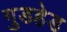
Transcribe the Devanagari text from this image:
गुडहेड